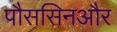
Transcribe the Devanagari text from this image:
पौससिनऔर